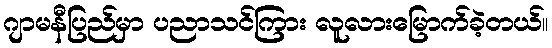
ဂျာမနီပြည်မှာ ပညာသင်ကြား လူလားမြောက်ခဲ့တယ်။